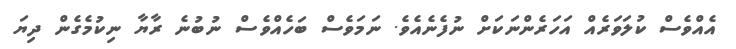
އެއްވެސް ކުލަވަރެއް އަހަރެންނަަކަށް ނުފެނެއެވެ. ނަމަވެސް ބަހެއްވެސް ނުބުނެ ރާޔާ ނިކުމެގެން ދިޔަ